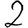
Digit: 2